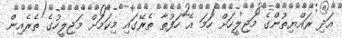
އަދި ރައްޔިތުންގެ މަޖިލީހަށް ހަމަ އެ ހަފުތާ ތެރޭގައި މިކަމަށް މަޖިލީހުގެ ތެރެއިން